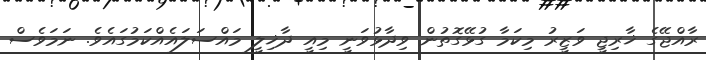
ރާއްޖޭގެ ޚާރިޖީ ވަޒީރު މިކަމާ ގުޅޭގޮތުން ވިދާޅުވަނީ މިއީ ދާޚިލީ މައްސަލައެއްކަމުގައެވެ. ނަމަވެސް